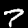
Digit: 7